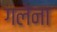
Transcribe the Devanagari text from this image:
गलेना